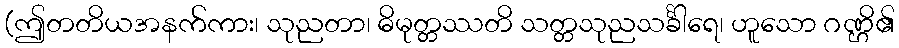
(ဤတတိယအနက်ကား၊ သုညတာ၊ ဓိမုတ္တဿတိ သတ္တသုညသင်္ခါရေ၊ ဟူသော ဂဏ္ဌိ၏